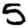
Digit: 5